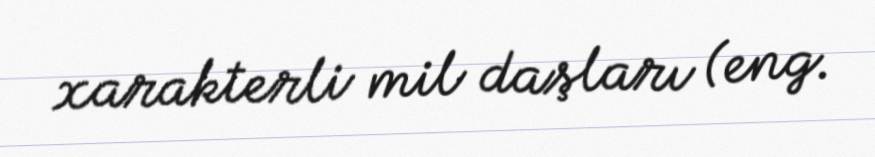
xarakterli mil daşları (eng.